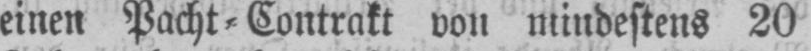
einen Pacht⸗Contrakt von mindestens 20